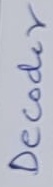
Text: Decoder